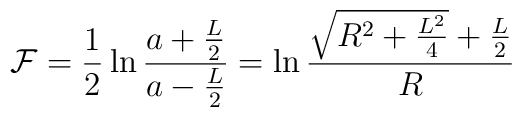
{\cal F} = \frac{1}{2} \ln \frac{a + \frac{L}{2}}{a - \frac{L}{2}}= \ln \frac{\sqrt{R^2 + \frac{L^2}{4}} + \frac{L}{2}}{R}